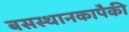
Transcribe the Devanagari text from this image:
बसस्थानकापैकी